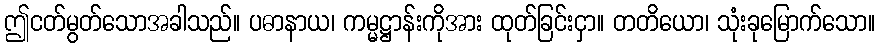
ဤငတ်မွတ်သောအခါသည်။ ပဓာနာယ၊ ကမ္မဋ္ဌာန်းကိုအား ထုတ်ခြင်းငှာ။ တတိယော၊ သုံးခုမြောက်သော။